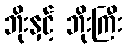
ဘိုးနှင့် ဘိုးကြီး